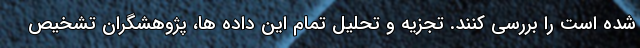
شده است را بررسی کنند. تجزیه و تحلیل تمام این داده ها، پژوهشگران تشخیص